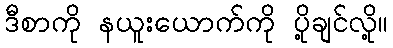
ဒီစာကို နယူးယောက်ကို ပို့ချင်လို့။